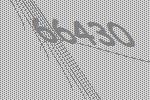
66430